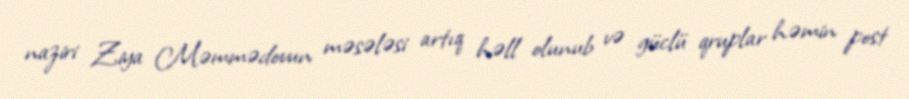
naziri Ziya Məmmədovun məsələsi artıq həll olunub və güclü qruplar həmin post